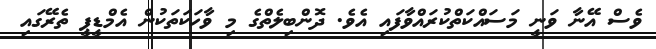
ވެސް އޭނާ ވަނީ މަސައްކަތްކުރައްވާފައި އެވެ. ދޮންބިލެތްގެ މި ވާހަކަތަކުން އެމްޑީޕީ ތެރޭގައި